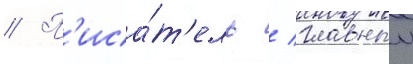
// П'иса́т'ель / главныи